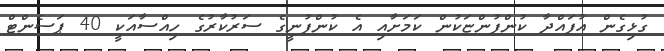
ގުޅިގެން އުފައްދާ ކުންފުންޏަކުން ކަމަށާއި އެ ކުންފުނީގެ ސަރުކާރުގެ ހިއްސާއަކީ 40 ޕަސެންޓް